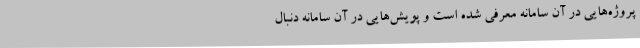
پروژه‌هایی در آن سامانه معرفی شده است و پویش‌هایی در آن سامانه دنبال